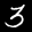
Label: 3